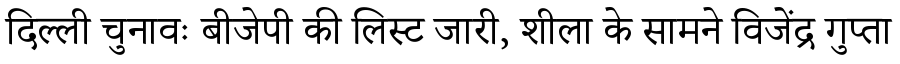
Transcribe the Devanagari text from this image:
दिल्ली चुनावः बीजेपी की लिस्ट जारी, शीला के सामने विजेंद्र गुप्ता